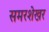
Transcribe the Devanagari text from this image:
समरशेखर